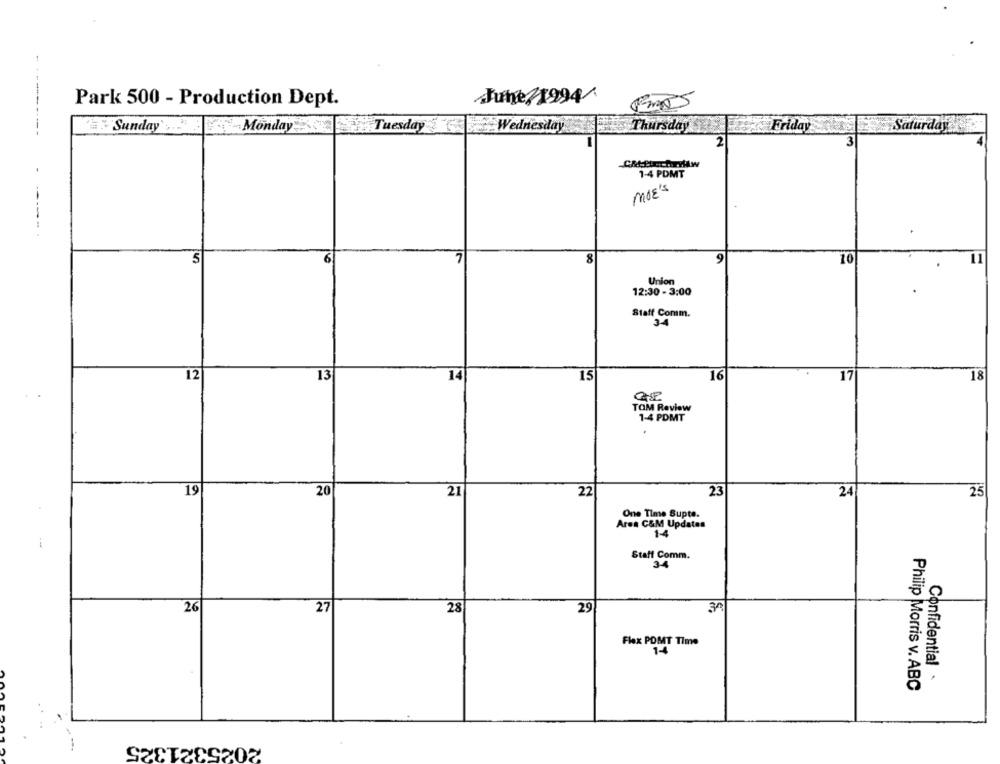
Junge/1994
Park 500 - Production Dept.
Sunday' . " Monday
Tuesday Wednesday
Thursday
Friday
Saturday
2
3
1-4 PDMT
MOE'S
5
7
8
9
10
Union
12:30 - 3:00
Staff Comm.
3-4
15
12
13
16
17
18
TOM Review
1-4 PDMT
19
20
21
22
23
24
25
One Time Supte.
Area C&M Updates
1-4
Staff Comm.
34
26
27
28
29
Flex POMT Time
1-4
Confidential
Philip Morris v. ABC
2025321325